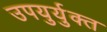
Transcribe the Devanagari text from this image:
उपयुर्युक्त